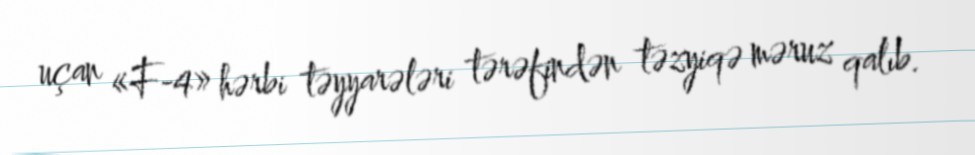
uçan «F-4» hərbi təyyarələri tərəfindən təzyiqə məruz qalıb.